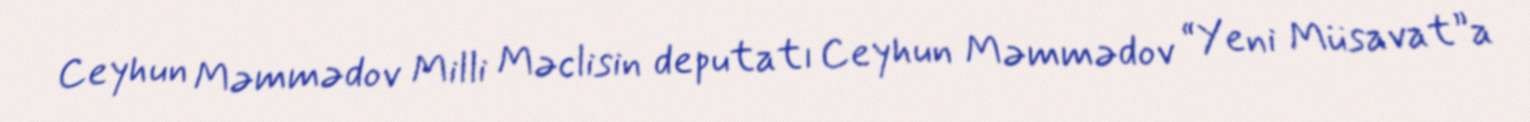
Ceyhun Məmmədov Milli Məclisin deputatı Ceyhun Məmmədov “Yeni Müsavat”a